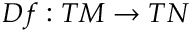
D f : T M \rightarrow T N